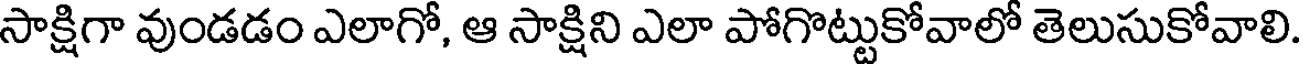
సాక్షిగా వుండడం ఎలాగో, ఆ సాక్షిని ఎలా పోగొట్టుకోవాలో తెలుసుకోవాలి.